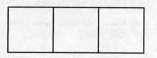
\Box\Box\Box